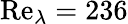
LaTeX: \mathrm{Re}_{\lambda}=236